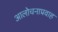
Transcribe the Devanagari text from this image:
आलोचनाप्रवाह